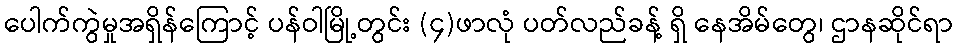
ပေါက်ကွဲမှုအရှိန်ကြောင့် ပန်ဝါမြို့တွင်း (၄)ဖာလုံ ပတ်လည်ခန့် ရှိ နေအိမ်တွေ၊ ဌာနဆိုင်ရာ